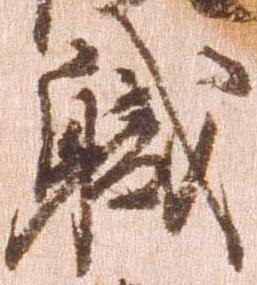
職